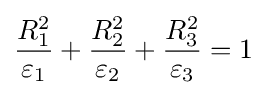
{\frac {R_{1}^{2}}{\varepsilon _{1}}}+{\frac {R_{2}^{2}}{\varepsilon _{2}}}+{\frac {R_{3}^{2}}{\varepsilon _{3}}}=1